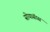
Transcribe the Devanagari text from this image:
सोयासॅास